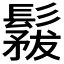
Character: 𩮤